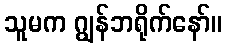
သူမက ဂျွန်ဘရိုက်နော်။